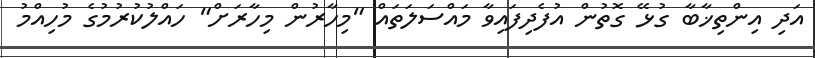
އަދި އިންތިޚާބާ ގުޅޭ ގޮތުން އުފެދިފައިވާ މައްސަލަތައް "މިހާރުން މިހާރަށް" ހައްލުކުރުމުގެ މުހިއްމު